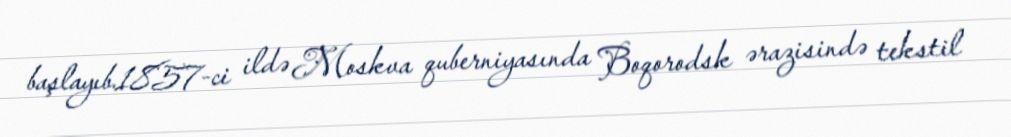
başlayıb.1857-ci ildə Moskva quberniyasında Boqorodsk ərazisində tekstil